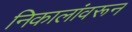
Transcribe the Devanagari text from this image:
निकालांवरून